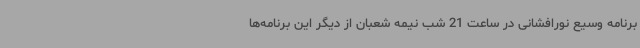
برنامه وسیع نورافشانی در ساعت 21 شب نیمه شعبان از دیگر این برنامه‌ها